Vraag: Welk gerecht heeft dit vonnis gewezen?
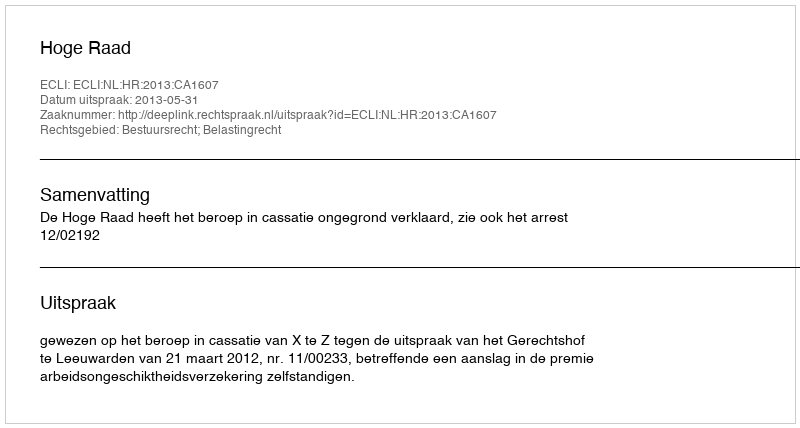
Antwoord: Hoge Raad